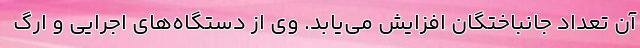
آن تعداد جانباختگان افزایش می‌یابد. وی از دستگاه‌های اجرایی و ارگ